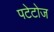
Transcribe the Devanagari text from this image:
पटेटोज